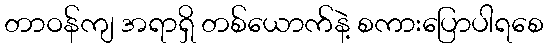
တာဝန်ကျ အရာရှိ တစ်ယောက်နဲ့ စကားပြောပါရစေ